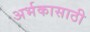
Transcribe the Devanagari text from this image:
अर्भकासाठी